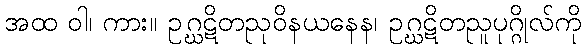
အထ ဝါ၊ ကား။ ဥဂ္ဃဋိတညုဝိနယနေန၊ ဥဂ္ဃဋိတညူပုဂ္ဂိုလ်ကို